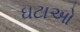
ઘટાઓ